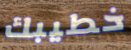
خطيبك